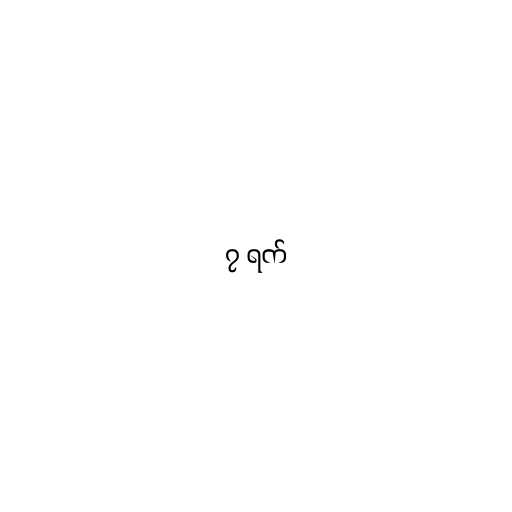
၇ ရက်